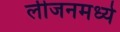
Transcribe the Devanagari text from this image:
लीजनमध्ये